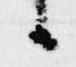
候